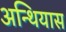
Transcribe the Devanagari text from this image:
अन्थियास